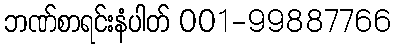
ဘဏ်စာရင်းနံပါတ် 001-99887766